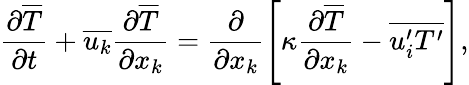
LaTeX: \frac{\partial{\overline{{T}}}}{\partial{t}}+\overline{{u_{k}}}\frac{\partial{\overline{{T}}}}{\partial{x_{k}}}=\frac{\partial}{\partial{x}_{k}}\left[\kappa\frac{\partial{\overline{{T}}}}{\partial{x}_{k}}-\overline{{{u_{i}^{\prime}}{T^{\prime}}}}\right],